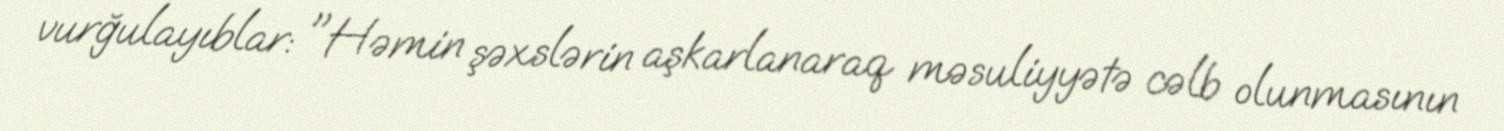
vurğulayıblar: "Həmin şəxslərin aşkarlanaraq məsuliyyətə cəlb olunmasının